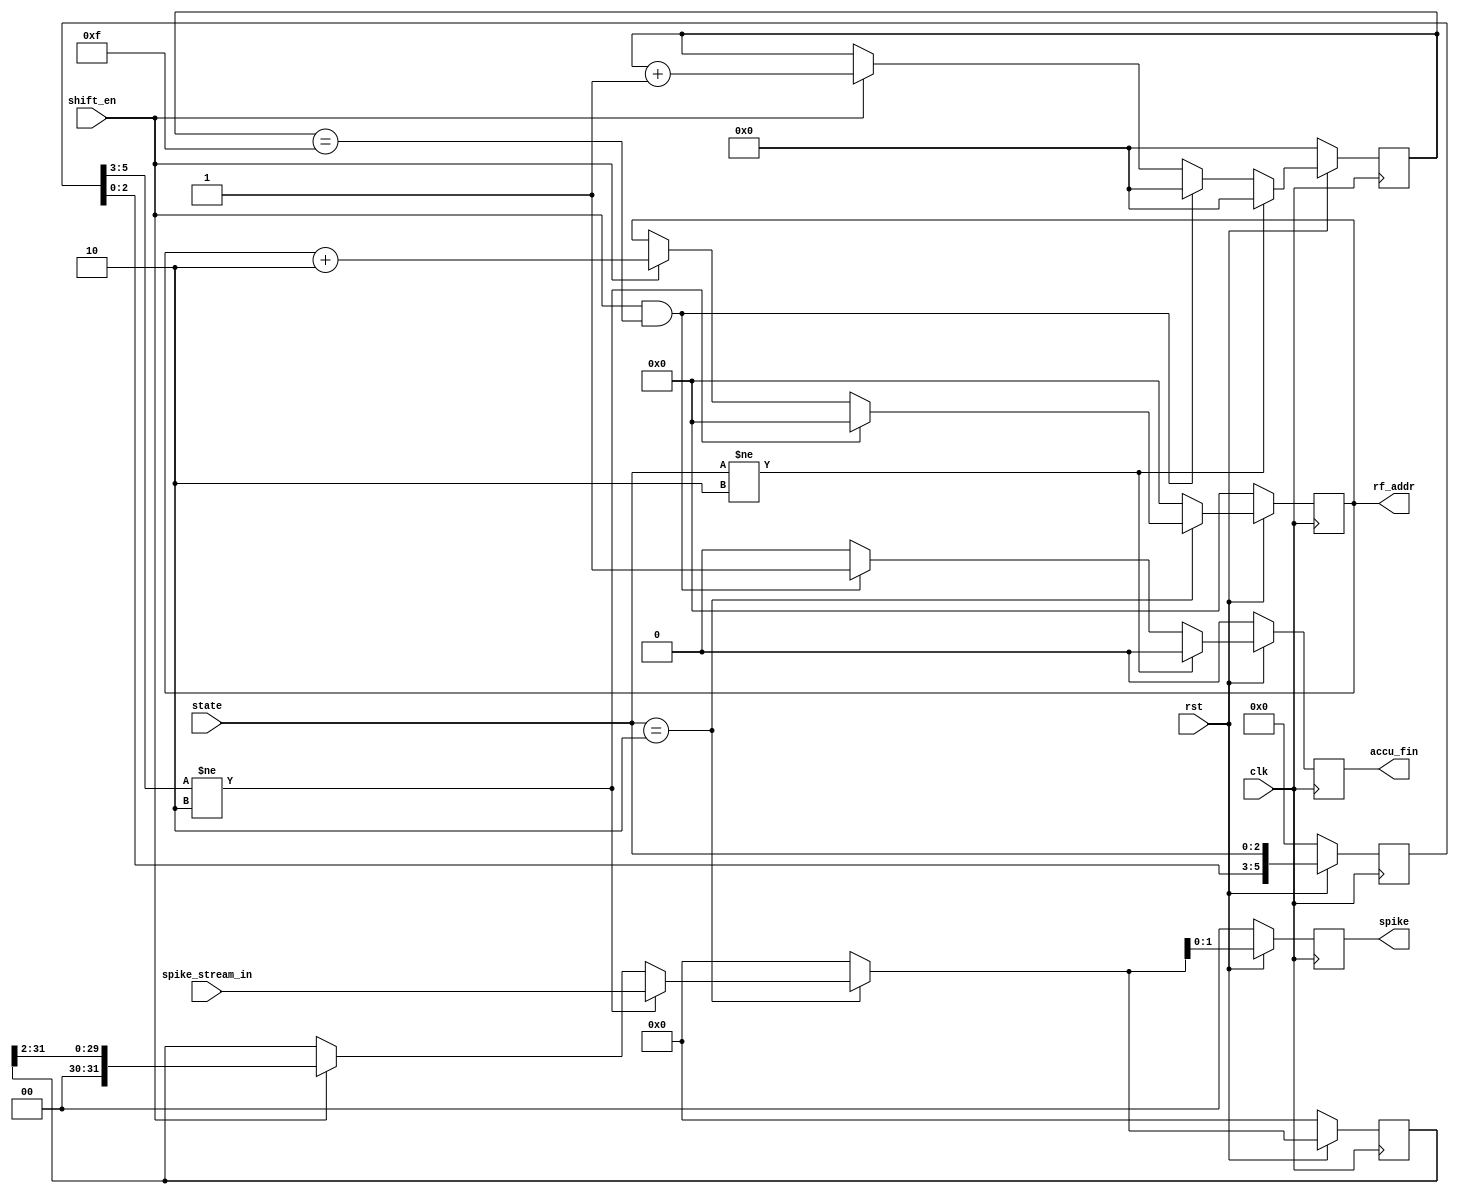
`define IDLE 3'b000
`define SET 3'b001
`define SYN_ACCU 3'b010
`define DECAY 3'b011
`define PDE 3'b100
`define FINISH 3'b101
`define DONE 3'b110

`define N_NUM 32
`define G_NUM 4
`define N_SZ 5
`define G_SZ 2

module decoder(
    clk,
    rst,
    spike_stream_in,
    rf_addr,
    spike,
    shift_en,
    state,
    accu_fin
);

input clk;
input rst;
input [`N_NUM - 1 : 0] spike_stream_in;
output reg [`N_SZ - 1 : 0] rf_addr;
reg [`N_SZ - 1 : 0] rf_addr_tmp;
output reg [1 : 0] spike;
reg [`N_NUM - 1 : 0] shift_reg;
reg [`N_NUM - 1 : 0] shift_reg_tmp;
input shift_en;
input [2 : 0] state;
reg [5 : 0] state_prev;
output reg accu_fin;
reg accu_fin_tmp;
reg [`N_NUM - 2 : 0] fin_cnt;
reg [`N_NUM - 2 : 0] fin_cnt_tmp;

always@(posedge clk)
begin
    if (~rst)
    begin
        spike <= 0;
        rf_addr <= 0;
        shift_reg <= 0;
        state_prev <= 0;
        accu_fin <= 0;
        fin_cnt <= 0;
    end
    else
    begin
        spike <= shift_reg_tmp[1 : 0];
        rf_addr <= rf_addr_tmp;
        shift_reg <= shift_reg_tmp;
        state_prev <= {state_prev[2 : 0], state};
        accu_fin <= accu_fin_tmp;
        fin_cnt <= fin_cnt_tmp;
    end
end

always@(*)
begin
    if (state == `SYN_ACCU)
    begin
        if (state_prev[5 : 3] != `SYN_ACCU)
        begin
            shift_reg_tmp = spike_stream_in;
            rf_addr_tmp = 0;
        end
        else if (shift_en)
        begin
            shift_reg_tmp = shift_reg >> 2;
            rf_addr_tmp = rf_addr + 2;
        end
        else
        begin
            shift_reg_tmp = shift_reg;
            rf_addr_tmp = rf_addr;
        end
    end
    else
    begin
        shift_reg_tmp = 0;
        rf_addr_tmp = 0;
    end
end

always@(*)
begin
    if (state != `SYN_ACCU)
    begin
        fin_cnt_tmp = 0;
        accu_fin_tmp = 0;
    end
    else if (shift_en && fin_cnt == 4'b1111)
    begin
        fin_cnt_tmp = 0;
        accu_fin_tmp = 1;
    end
    else if (shift_en)
    begin
        fin_cnt_tmp = fin_cnt + 1;
        accu_fin_tmp = 0;
    end
    else
    begin
        accu_fin_tmp = 0;
        fin_cnt_tmp = fin_cnt;
    end
end

endmodule